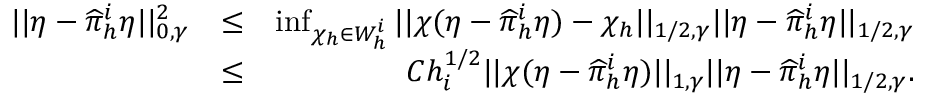
\begin{array} { r l r } { | | \eta - \widehat \pi _ { h } ^ { i } \eta | | _ { 0 , \gamma } ^ { 2 } } & { \le } & { \operatorname* { i n f } _ { \chi _ { h } \in W _ { h } ^ { i } } | | \chi ( \eta - \widehat \pi _ { h } ^ { i } \eta ) - \chi _ { h } | | _ { 1 / 2 , \gamma } | | \eta - \widehat \pi _ { h } ^ { i } \eta | | _ { 1 / 2 , \gamma } } \\ & { \le } & { C h _ { i } ^ { 1 / 2 } | | \chi ( \eta - \widehat \pi _ { h } ^ { i } \eta ) | | _ { 1 , \gamma } | | \eta - \widehat \pi _ { h } ^ { i } \eta | | _ { 1 / 2 , \gamma } . } \end{array}